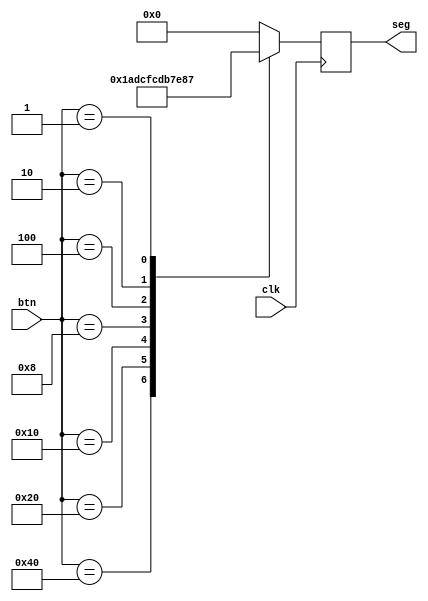
module seg (
input		clk,		//clk50MHz
input		[6:0]btn,		//
output	 reg [6:0]seg		//
);

always @(posedge clk )	
	begin		
					case(btn)
					7'b1000_000:seg <= 7'b000_0110;//1
					7'b0100_000:seg <= 7'b101_1011;//2
					7'b0010_000:seg <= 7'b100_1111;//3
					7'b0001_000:seg <= 7'b110_0110;//4
					7'b0000_100:seg <= 7'b110_1101;//5
					7'b0000_010:seg <= 7'b111_1101;//6
					7'b0000_001:seg <= 7'b000_0111;//7
					default:		seg <= 7'b000_0000;//
					endcase
				end

endmodule